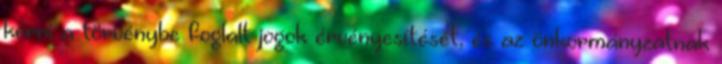
kérni a törvénybe foglalt jogok érvényesítését, és az önkormányzatnak